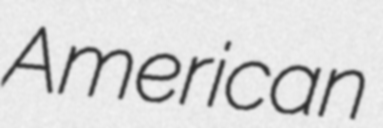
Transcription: American